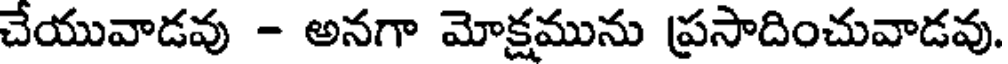
చేయువాడవు - అనగా మోక్షమును ప్రసాదించువాడవు.